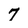
Character: 7